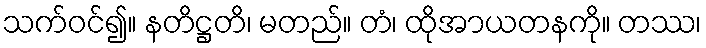
သက်ဝင်၍။ နတိဋ္ဌတိ၊ မတည်။ တံ၊ ထိုအာယတနကို။ တဿ၊